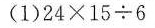
(1)24\times 15 {\div} 6